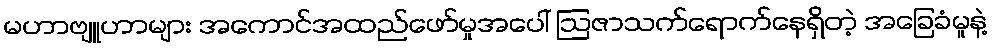
မဟာဗျူဟာများ အကောင်အထည်ဖော်မှုအပေါ် ဩဇာသက်ရောက်နေရှိတဲ့ အခြေခံမူနဲ့